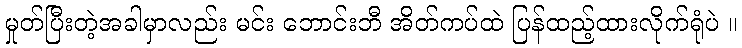
မှုတ်ပြီးတဲ့အခါမှာလည်း မင်း ဘောင်းဘီ အိတ်ကပ်ထဲ ပြန်ထည့်ထားလိုက်ရုံပဲ ။